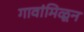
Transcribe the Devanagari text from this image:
गावांमिळून